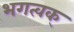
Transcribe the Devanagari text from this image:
भगत्वक्